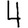
Digit: 4